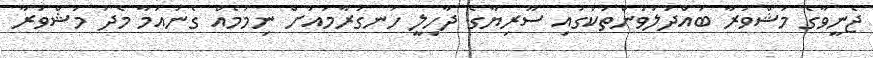
ޖެނީވާގެ މަޝްވަރާ ބައްދަލުވުންތަކުގައި ސޫރިޔާގެ ދާހިލީ ހަނގުރާމައަށް ނިމުމެއް ގެނައުމާ މެދު މަޝްވަރާ